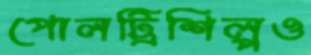
পোলট্রিশিল্পও